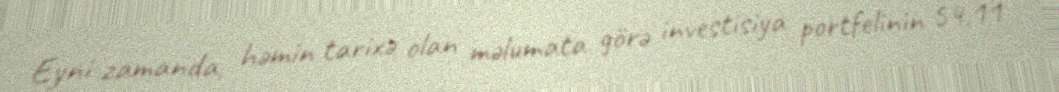
Eyni zamanda, həmin tarixə olan məlumata görə investisiya portfelinin 54,11